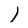
Character: I